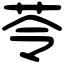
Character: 苓